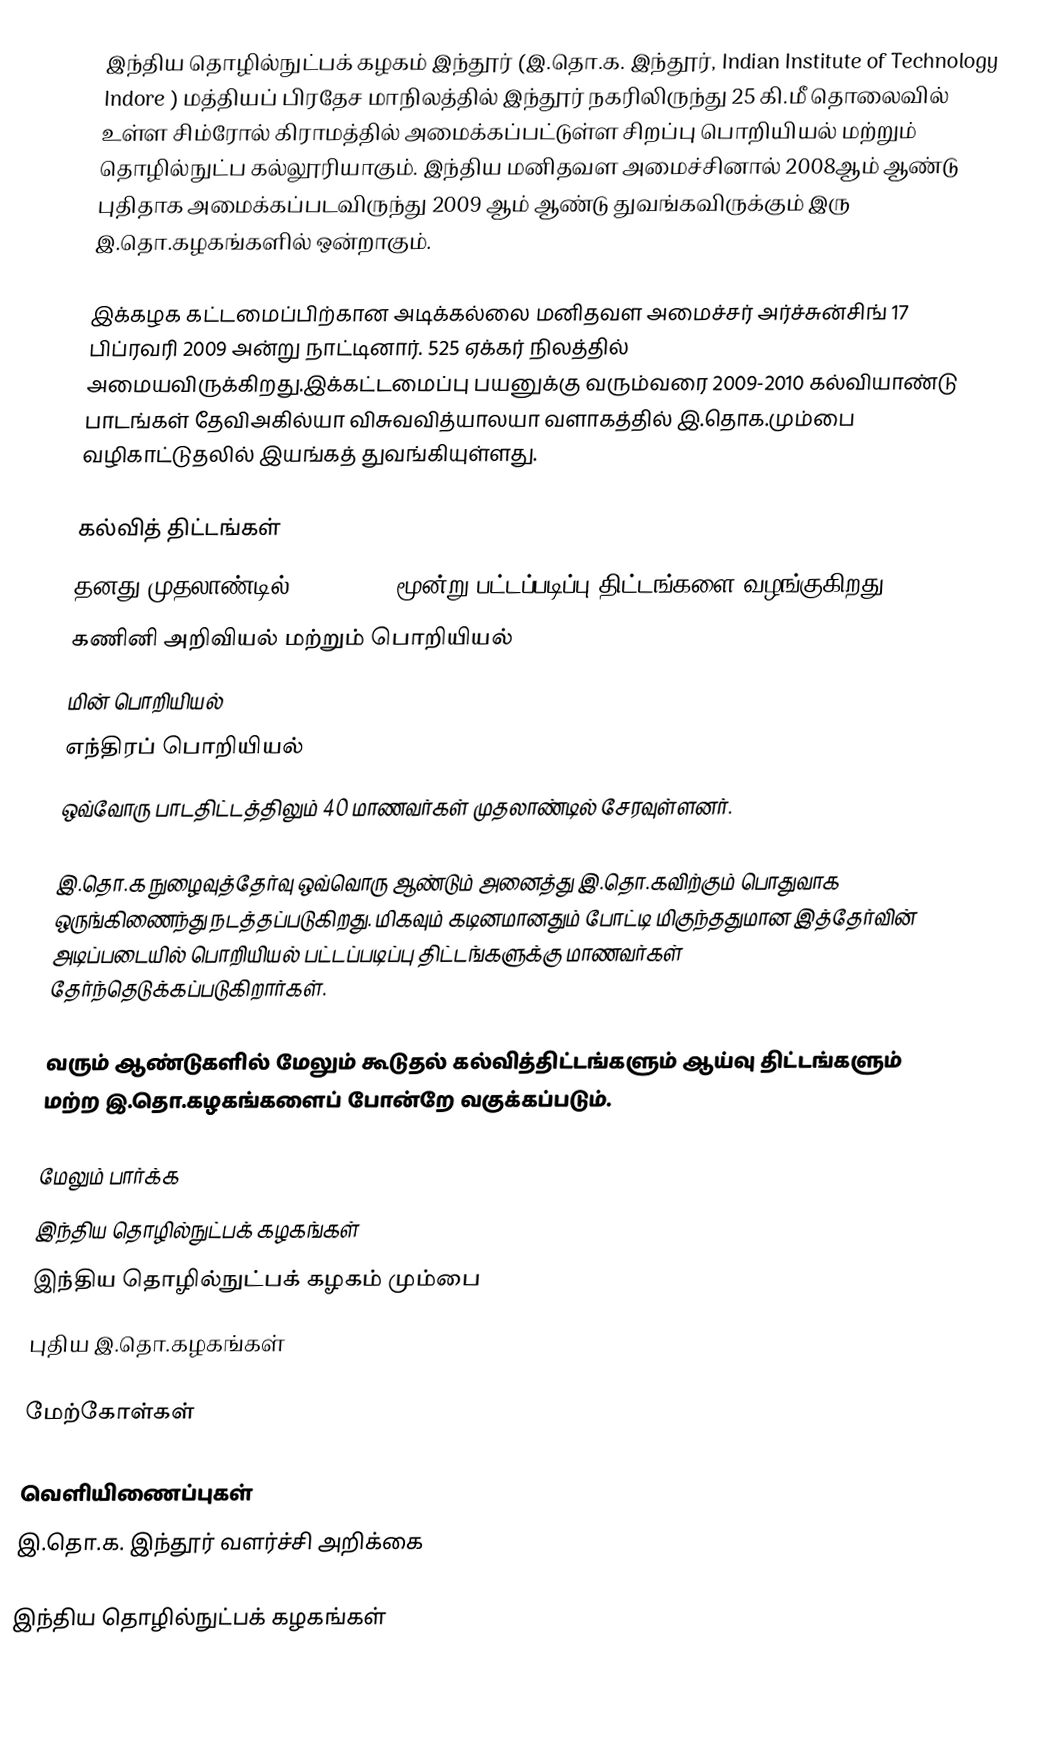
இந்திய தொழில்நுட்பக் கழகம் இந்தூர் (இ.தொ.க. இந்தூர், Indian Institute of Technology Indore ) மத்தியப் பிரதேச மாநிலத்தில் இந்தூர் நகரிலிருந்து 25 கி.மீ தொலைவில் உள்ள சிம்ரோல் கிராமத்தில் அமைக்கப்பட்டுள்ள சிறப்பு பொறியியல் மற்றும் தொழில்நுட்ப கல்லூரியாகும். இந்திய மனிதவள அமைச்சினால் 2008ஆம் ஆண்டு புதிதாக அமைக்கப்படவிருந்து 2009 ஆம் ஆண்டு துவங்கவிருக்கும் இரு இ.தொ.கழகங்களில் ஒன்றாகும்.

இக்கழக கட்டமைப்பிற்கான அடிக்கல்லை மனிதவள அமைச்சர் அர்ச்சுன்சிங் 17 பிப்ரவரி 2009 அன்று நாட்டினார். 525 ஏக்கர் நிலத்தில் அமையவிருக்கிறது.இக்கட்டமைப்பு பயனுக்கு வரும்வரை 2009-2010 கல்வியாண்டு பாடங்கள் தேவிஅகில்யா விசுவவித்யாலயா  வளாகத்தில் இ.தொக.மும்பை வழிகாட்டுதலில் இயங்கத் துவங்கியுள்ளது.

கல்வித் திட்டங்கள்
தனது முதலாண்டில்,2009-2010, மூன்று பட்டப்படிப்பு திட்டங்களை வழங்குகிறது:
 கணினி அறிவியல் மற்றும் பொறியியல்
 மின் பொறியியல்
 எந்திரப் பொறியியல்
ஒவ்வோரு பாடதிட்டத்திலும் 40 மாணவர்கள் முதலாண்டில் சேரவுள்ளனர்.

இ.தொ.க நுழைவுத்தேர்வு ஒவ்வொரு ஆண்டும் அனைத்து இ.தொ.கவிற்கும் பொதுவாக ஒருங்கிணைந்து நடத்தப்படுகிறது. மிகவும் கடினமானதும் போட்டி மிகுந்ததுமான இத்தேர்வின் அடிப்படையில் பொறியியல் பட்டப்படிப்பு திட்டங்களுக்கு மாணவர்கள் தேர்ந்தெடுக்கப்படுகிறார்கள்.

வரும் ஆண்டுகளில் மேலும் கூடுதல் கல்வித்திட்டங்களும் ஆய்வு திட்டங்களும் மற்ற இ.தொ.கழகங்களைப் போன்றே வகுக்கப்படும்.

மேலும் பார்க்க
இந்திய தொழில்நுட்பக் கழகங்கள்
இந்திய தொழில்நுட்பக் கழகம் மும்பை
புதிய இ.தொ.கழகங்கள்

மேற்கோள்கள்

வெளியிணைப்புகள்
இ.தொ.க. இந்தூர் வளர்ச்சி அறிக்கை

இந்திய தொழில்நுட்பக் கழகங்கள்